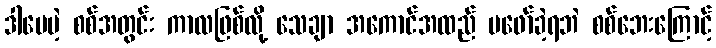
ဒါပေမဲ့ စစ်အတွင်း ကာလဖြစ်လို့ သေချာ အကောင်အထည် မဖော်ခဲ့ရဘဲ စစ်ဘေးကြောင့်